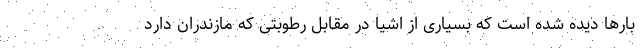
بارها دیده شده است که بسیاری از اشیا در مقابل رطوبتی که مازندران دارد